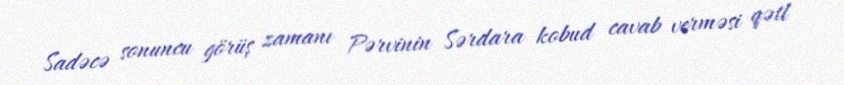
Sadəcə sonuncu görüş zamanı Pərvinin Sərdara kobud cavab verməsi qətl